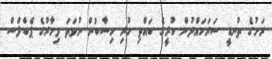
ރަށުގެ ތުނޑީ ސަރަހައްދުން ކުރީގެ ބައްތި ހުރި ހިސާބުން ނުވަތަ މިހާރުގެ ޕެބްލްސް